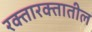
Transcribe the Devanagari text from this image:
रक्तारक्तातील